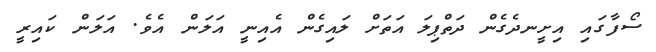
ސޯފާގައި އިށީނދެގެން ދަތްޕިލަ އަތަށް ލައިގެން އެއިނީ އަލަން އެވެ. އަލަން ކައިރީ